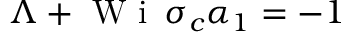
\Lambda + \mathrm { ~ W ~ i ~ } \, \sigma _ { c } \alpha _ { 1 } = - 1